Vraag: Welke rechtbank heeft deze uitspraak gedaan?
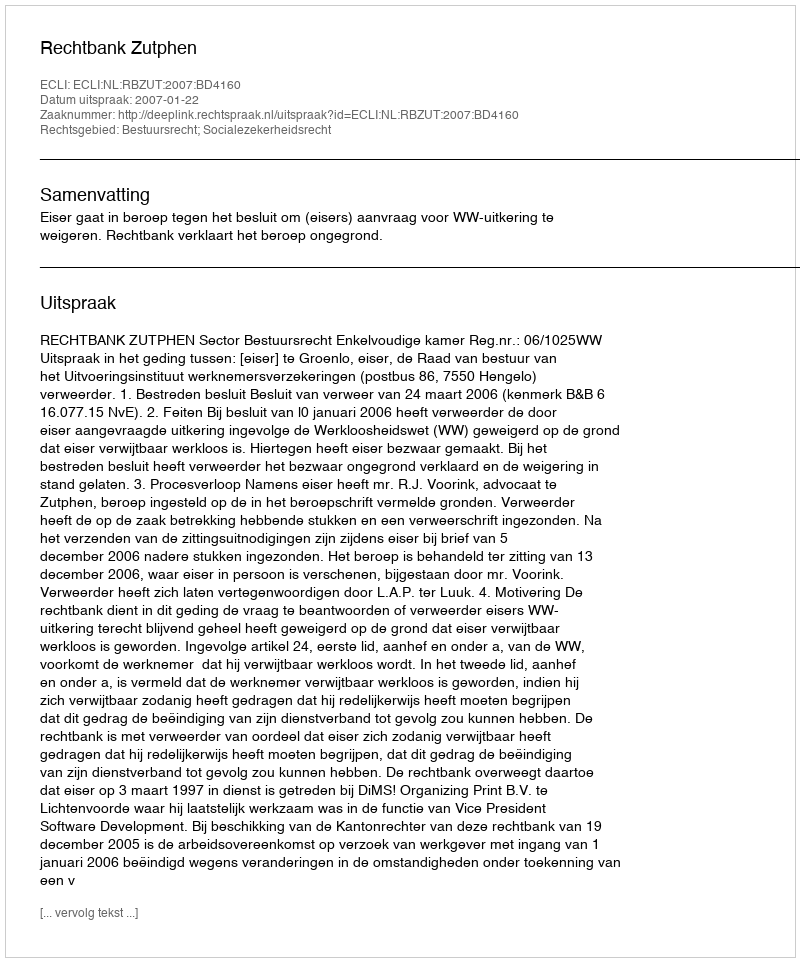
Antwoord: Rechtbank Zutphen